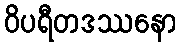
ဝိပရီတဒဿနော